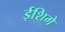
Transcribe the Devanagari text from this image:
ईशिगे